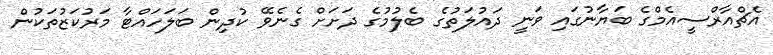
އެޗްއާރްސީއެމްގެ ބަޔާނުގައި ވަނީ ދައުލަތުގެ ބެލުމުގެ ދަށަށް ގެނެވޭ ކުދިން ބަލަހައްޓާ މަރުކަޒުތަކުން